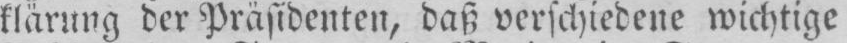
klärung der Präsidenten, daß verschiedene wichtige